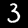
Digit: 3